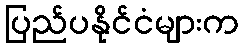
ပြည်ပနိုင်ငံများက